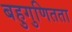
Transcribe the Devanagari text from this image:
बहुगुणितता